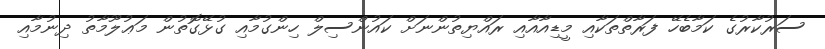
ސަރުކާރުގެ ކަމާބެހޭ ފަރާތްތަކާއި މީޑިއާއާއި ރައްޔިތުންނަށް ކައުންސިލް ހިންގުމާއި ގުޅޭގޮތުން މަޢުލޫމާތު ދިނުމާއި